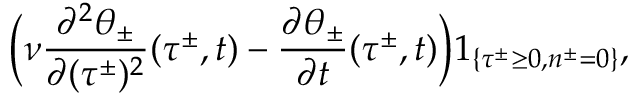
\Big ( \nu \frac { \partial ^ { 2 } \theta _ { \pm } } { \partial ( \tau ^ { \pm } ) ^ { 2 } } ( \tau ^ { \pm } , t ) - \frac { \partial \theta _ { \pm } } { \partial t } ( \tau ^ { \pm } , t ) \Big ) 1 _ { \{ \tau ^ { \pm } \geq 0 , n ^ { \pm } = 0 \} } ,